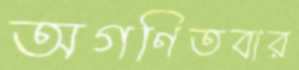
অগণিতবার